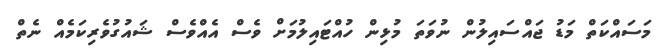
މަސައްކަތް މަޑު ޖައްސައިލުން ނުވަތަ މުޅިން ހުއްޓައިލުމަށް ވެސް އެއްވެސް ޝައުގުވެރިކަމެއް ނެތް